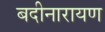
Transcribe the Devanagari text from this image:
बदीनारायण